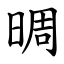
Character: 晭